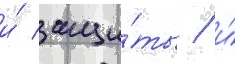
и́ защи́ты / и́